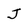
Character: J